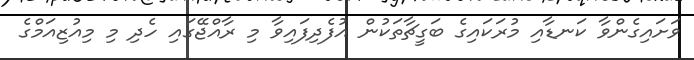
ވަށައިގެންވާ ކަނޑާއި މުރަކައިގެ ބަގީޗާތަކުން އުފެދިފައިވާ މި ރާއްޖޭގައި ހެދި މި މިއުޒިއަމްގެ